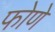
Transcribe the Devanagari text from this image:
फोणे